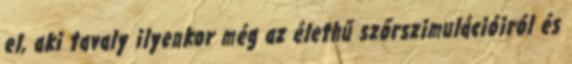
el, aki tavaly ilyenkor még az élethű szőrszimulációiról és